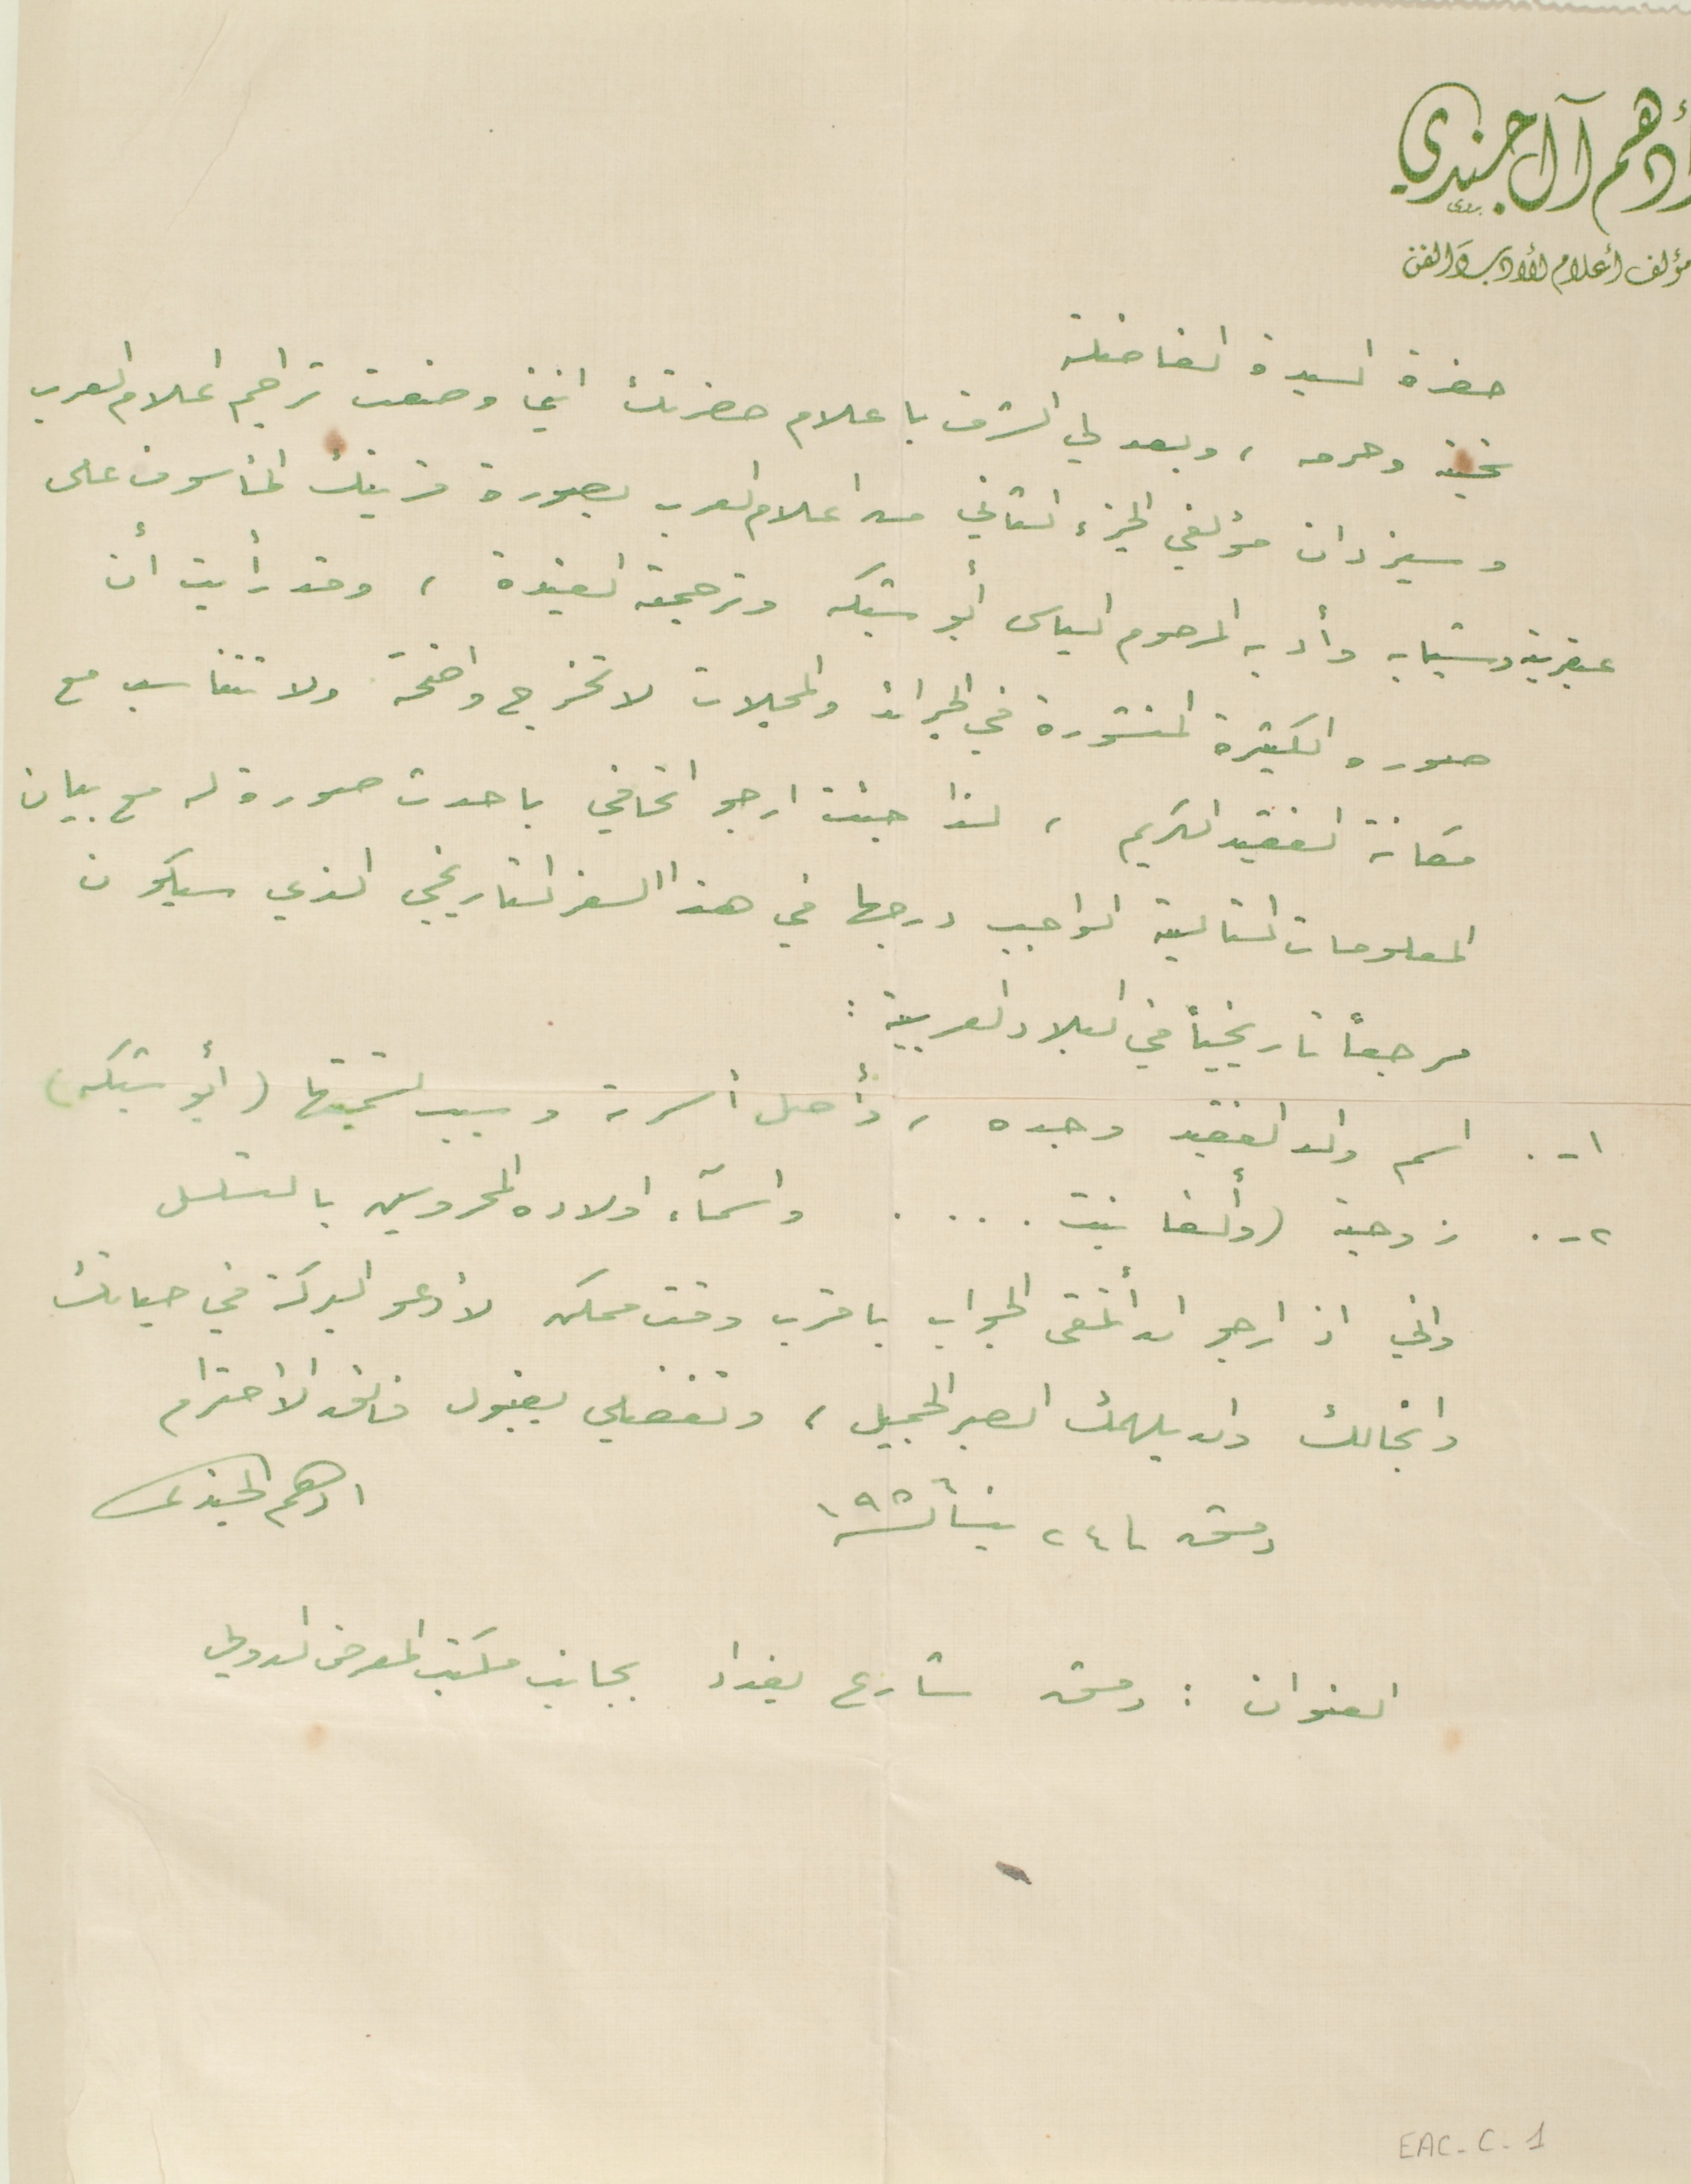
أدهم آل جندي مؤلف أعلام الأدبَ والفن
حضرة السيدة الفاضلة
تحية وحرمه، وبعد لي الشرف باعلام حضرتك انني وضعت تراجم اعلام العرب
وسيزدان مؤلفي الجزء الثاني من اعلام العرب بصورة قرينك المأسوف على
عبقريته وشبابه وأدبه والمرحوم الياس أبو شبكه وترجمته العتيدة، وقد رأيت أن
صوره الكثيرة المنشورة في الجرائد والمجلات لا تخرج واضحة ولا تتناسب مع
مكانة الفقيد الكريم، لذا جئت ارجو اتحافي باحدث صورة له مع بيان
المعلومات التالية الواجب درجها في هذا السفر التاريخي الذي سيكون
مرجعاً تاريخياً في البلاد العربية :
١- . اسم والد الفقيد وجده، وأصل أسرته وسبب تسميتها (ابو شبكه)
٢-. زوجته (وألغا بنت . . . . واسمآء اولاده المحروسين بالتسلسل
واني اذ ارجو ان أتلقى الجواب باقرب وقت ممكن لأدعو البركة في حياتك
وانجالك وان يلهمك الصبر الجميل ، وتفضلي بقبول فائق الأحترام
دمشق فى ٢٤ نيسان سنة ١٩٥٦
ادهم الجندى
العنوان : دمشق شارع بغداد بجانب مكتب المعرض الدولي
EAC-C- 1